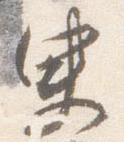
臾